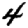
Digit: 4